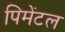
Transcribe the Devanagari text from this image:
पिमेंटल